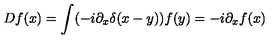
D f ( x ) = \int ( - i \partial _ { x } \delta ( x - y ) ) f ( y ) = - i \partial _ { x } f ( x )